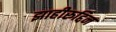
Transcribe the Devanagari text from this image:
झाहीरुद्दिन